Vao_vallavalitsus, lk 10
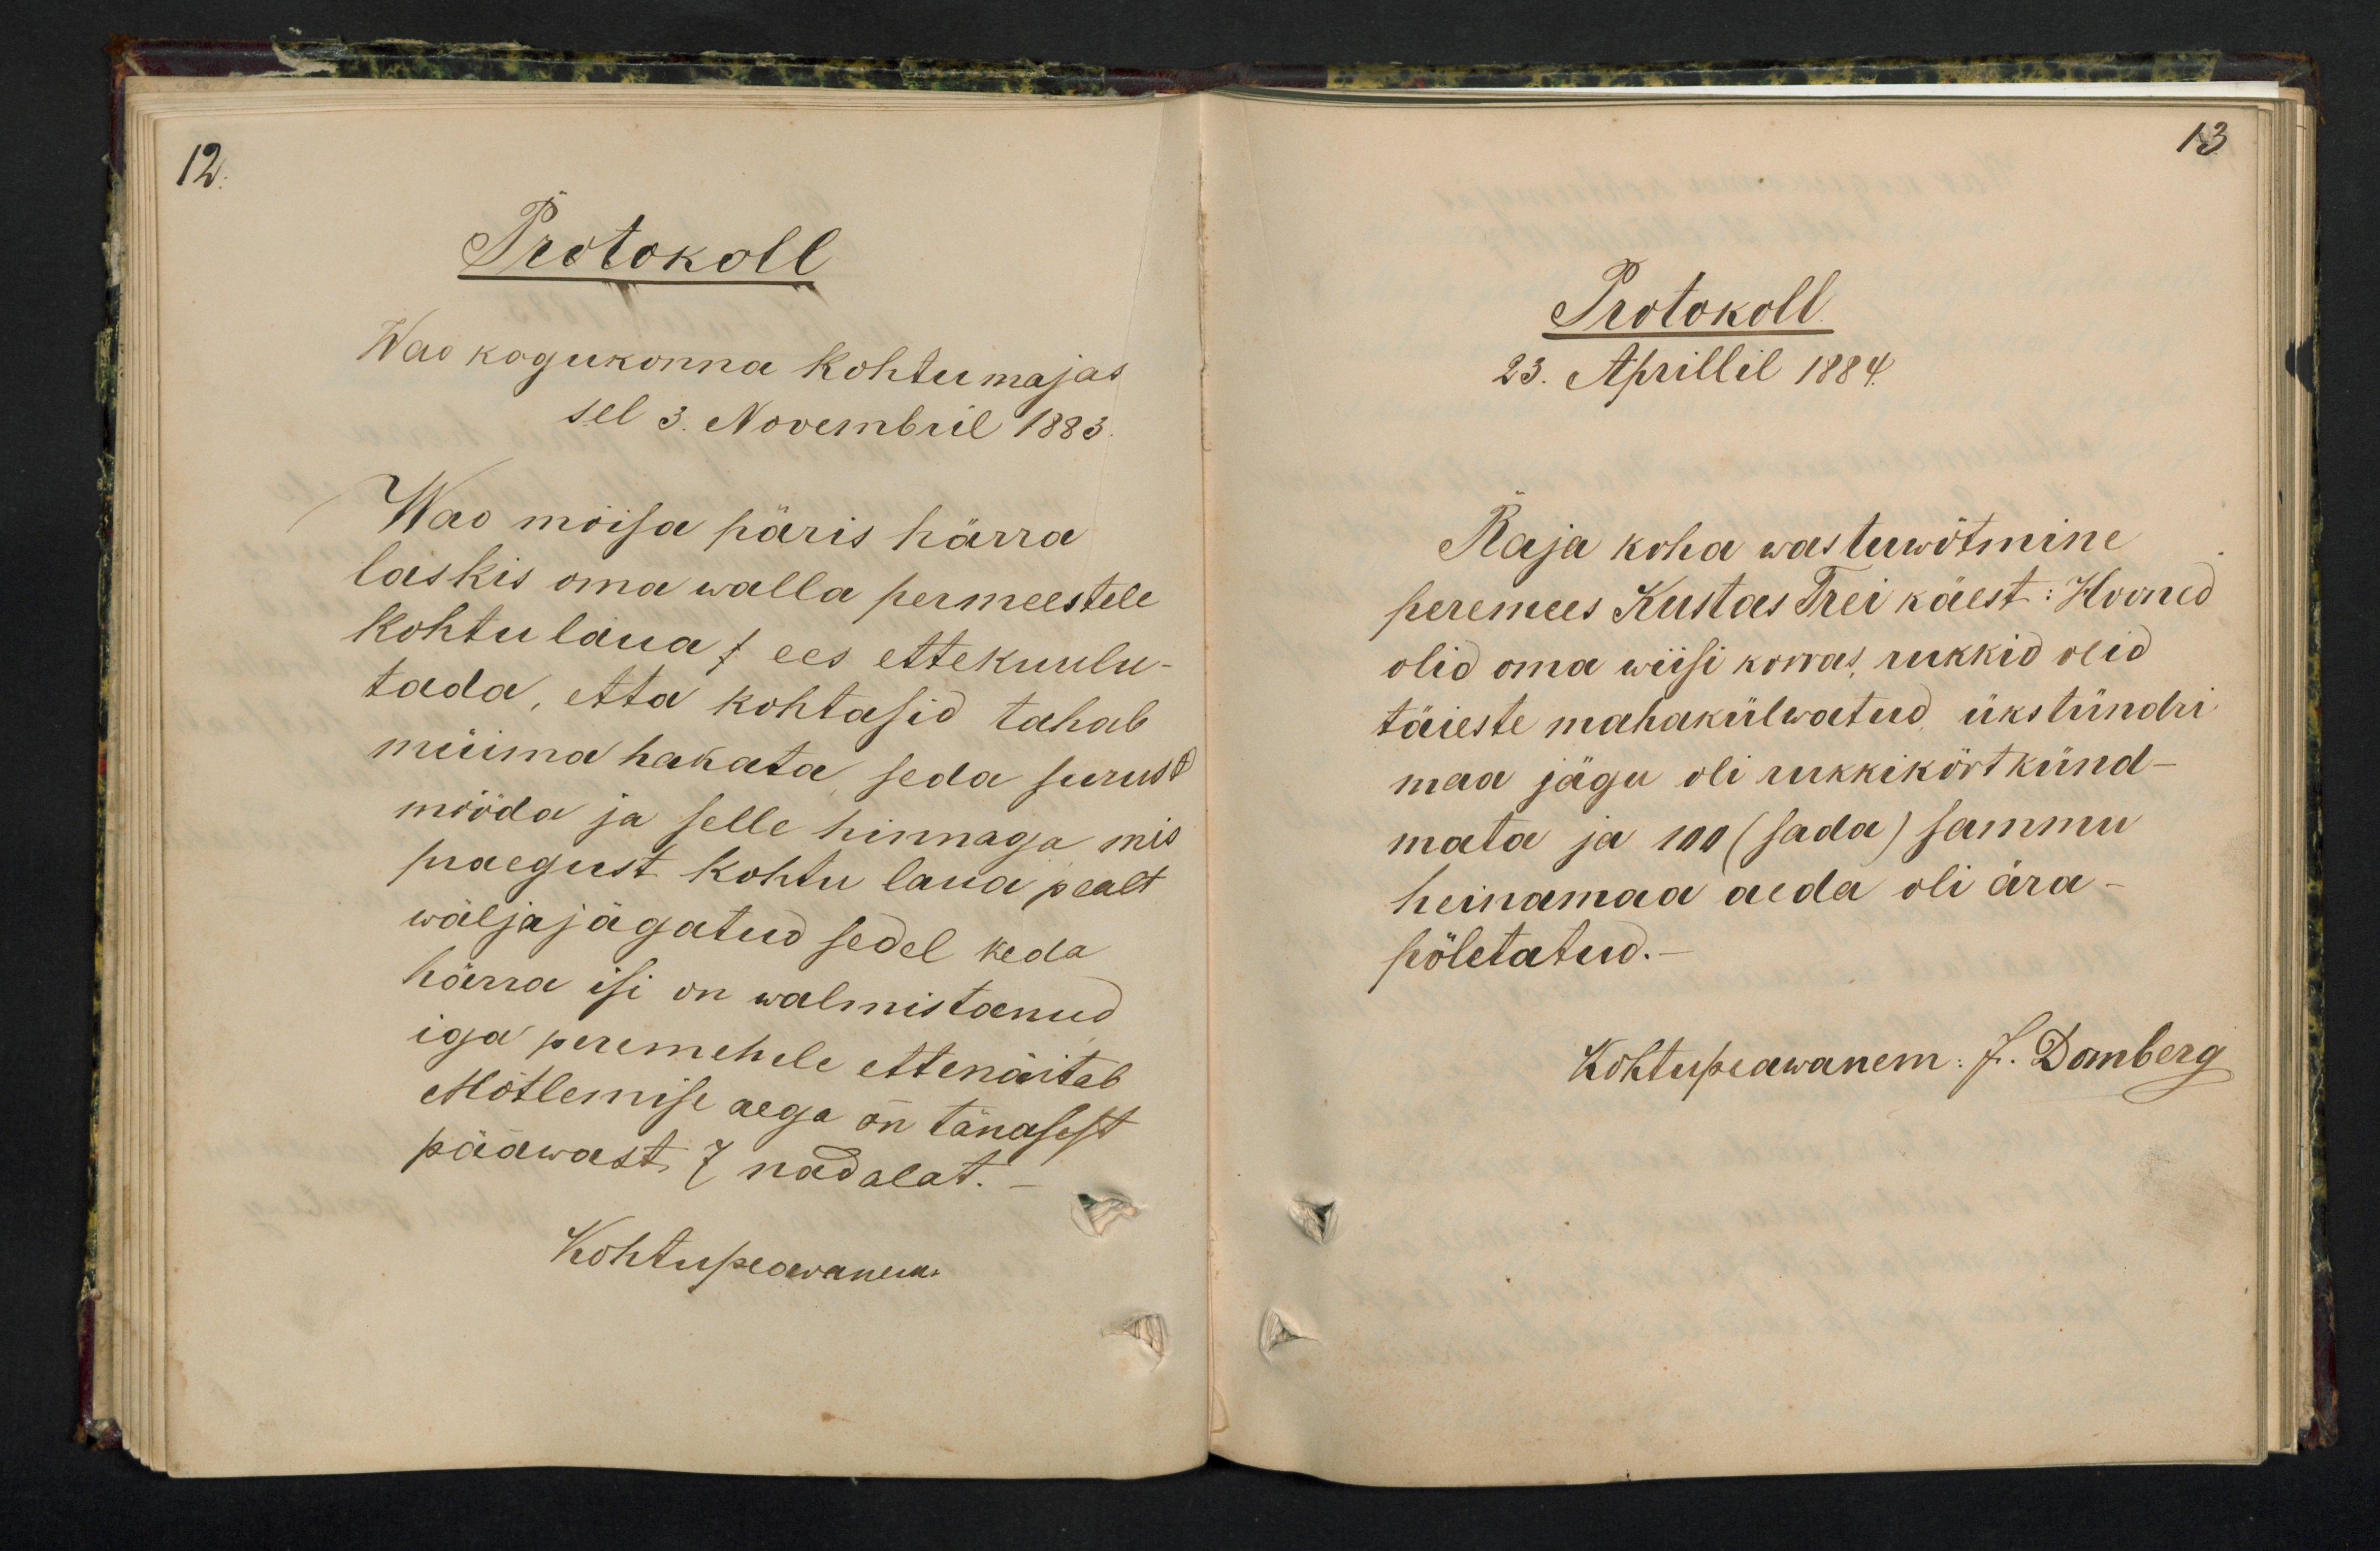
12.

13

Protokoll
Wao kogukonna kohtumajas
sel 3. Nowembril 1883.
Wao mõisa päris härra
laskis oma walla permeestele
kohtulaua ees ettekuulu-
tada, etta kohtasid tahab
müima hakata seda surust
mööda ja selle hinnaga mis
praegust kohtu laua pealt
wäljajägatud sedel keda
härra isi on walmistanud
iga peremehele ettenäitab
Mõtlemise aega on tänasest
pääwast 7 nädalat.
Kohtupeawanem

Protokoll.
23. Aprillil 1884
Raja koha wastuwõtmine
peremees Kustas Trei käest: Hooned
olid oma wiisi korras rukkid olid
täieste mahakülwatud üks tündri
maa jägu oli rukkikört künd-
mata ja 100 (sada) sammu
heinamaa aeda oli ära.
põletatud.
Kohtupeawanem J. Domberg